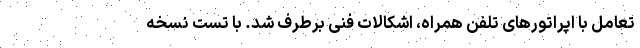
تعامل با اپراتورهای تلفن همراه‌، اشکالات فنی برطرف شد. با تست نسخه